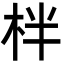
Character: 柈